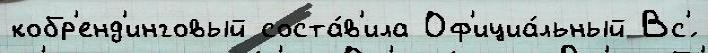
кобр'енд'инговый соста́в'ила Оф'ициа́льный Вс'́